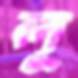
লূ